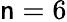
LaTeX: \mathsf{n}=6